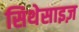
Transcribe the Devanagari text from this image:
सिथेसाइज़